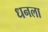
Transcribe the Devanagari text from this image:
ध्‍ानला